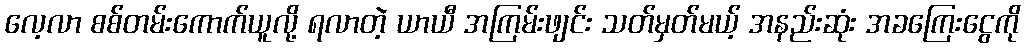
လေ့လာ စစ်တမ်းကောက်ယူလို့ ရလာတဲ့ ယာယီ အကြမ်းဖျင်း သတ်မှတ်မယ့် အနည်းဆုံး အခကြေးငွေကို